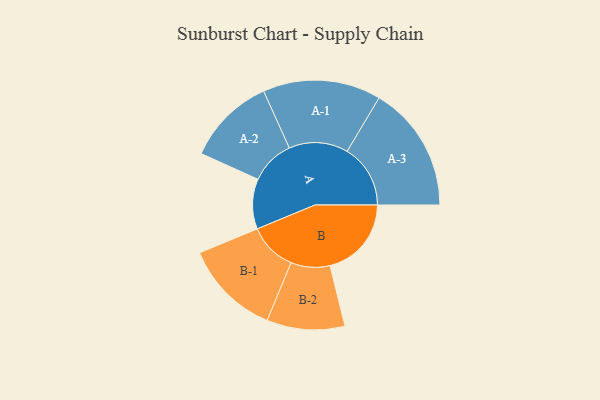
{"axis": {"x": "Segment", "y": "Value"}, "legend": ["", "A", "B"], "data": [{"x": "A", "y": 235, "type": ""}, {"x": "B", "y": 382, "type": ""}, {"x": "A-1", "y": 277, "type": "A"}, {"x": "A-2", "y": 208, "type": "A"}, {"x": "A-3", "y": 297, "type": "A"}, {"x": "B-1", "y": 226, "type": "B"}, {"x": "B-2", "y": 183, "type": "B"}]}